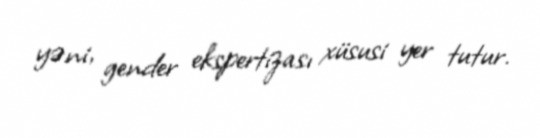
yəni, gender ekspertizası xüsusi yer tutur.